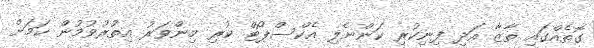
ގޮތެއްގައި ތާޒާ އަދި ފިނިކުރި ކަންނެލި އެކްސްޕޯޓް ކުރި މިންވަރު އިތުރުވުމުން ކަމަށް